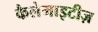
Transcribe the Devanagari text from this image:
कैलेमाइटीज़